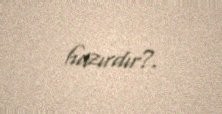
hazırdır?.